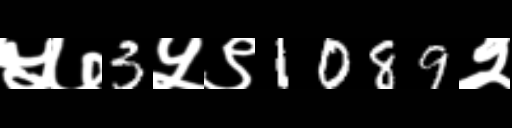
Text: ५७3५९1089२